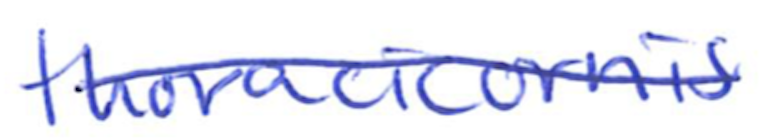
Text: thoracicornis
Cross-out: single-line
Writing tool: ballpoint